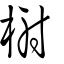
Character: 榭